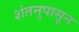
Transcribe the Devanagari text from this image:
शंतनुपासून